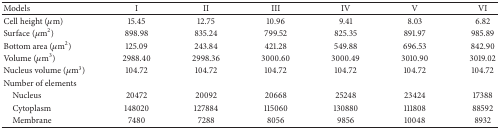
| Models | I | II | III | IV | V | VI |
 | --- | --- | --- | --- | --- | --- | --- |
 | Cell height (μm) | 15.45 | 12.75 | 10.96 | 9.41 | 8.03 | 6.82 |
 | Surface (μm2) | 898.98 | 835.24 | 799.52 | 825.35 | 891.97 | 985.89 |
 | Bottom area (μm2) | 125.09 | 243.84 | 421.28 | 549.88 | 696.53 | 842.90 |
 | Volume (μm3) | 2988.40 | 2998.36 | 3000.60 | 3000.49 | 3010.90 | 3019.02 |
 | Nucleus volume (μm3) | 104.72 | 104.72 | 104.72 | 104.72 | 104.72 | 104.72 |
 | Number of elements |  |  |  |  |  |  |
 | Nucleus | 20472 | 20092 | 20668 | 25248 | 23424 | 17388 |
 | Cytoplasm | 148020 | 127884 | 115060 | 130880 | 111808 | 88592 |
 | Membrane | 7480 | 7288 | 8056 | 9856 | 10048 | 8932 |